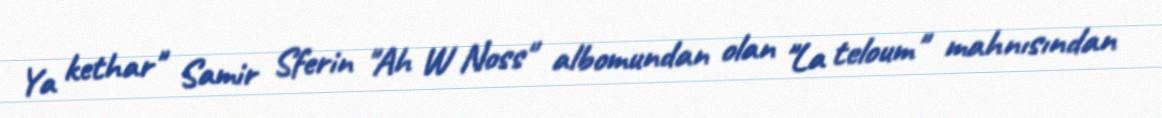
Ya kethar" Samir Sferin "Ah W Noss" albomundan olan "La teloum" mahnısından